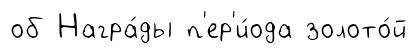
об Награ́ды п'ер'и́ода золото́й